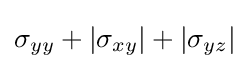
\sigma _{yy}+|\sigma _{xy}|+|\sigma _{yz}|